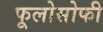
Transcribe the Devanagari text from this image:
फूलोसोफी